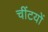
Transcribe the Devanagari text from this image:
चींटयों